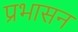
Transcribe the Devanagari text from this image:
प्रभासन